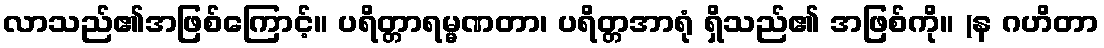
လာသည်၏အဖြစ်ကြောင့်။ ပရိတ္တာရမ္မဏတာ၊ ပရိတ္တအာရုံ ရှိသည်၏ အဖြစ်ကို။ (န ဂဟိတာ